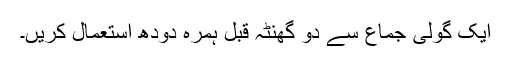
ایک گولی جماع سے دو گھنٹہ قبل ہمرہ دودھ استعمال کریں۔